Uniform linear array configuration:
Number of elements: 24
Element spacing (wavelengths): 1
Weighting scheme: exponential
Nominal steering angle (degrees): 15
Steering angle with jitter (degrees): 16.46
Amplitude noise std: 0.05
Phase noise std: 0.05

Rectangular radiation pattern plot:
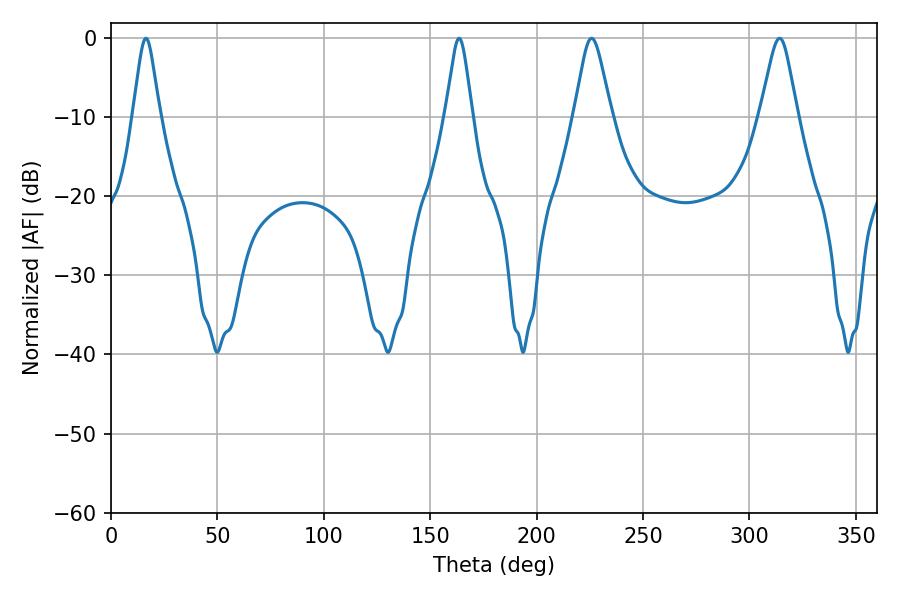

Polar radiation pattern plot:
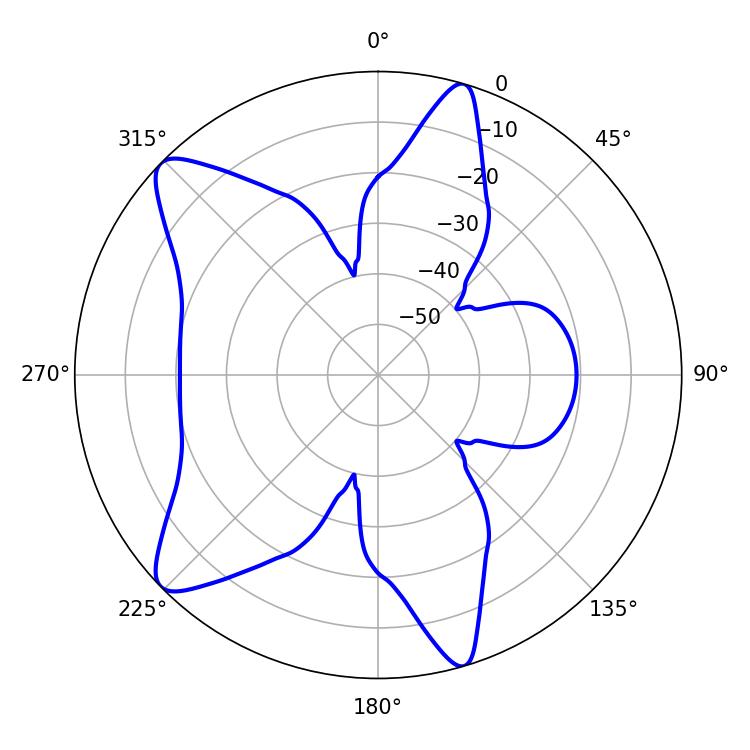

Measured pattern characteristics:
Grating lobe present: TRUE
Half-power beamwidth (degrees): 5.94
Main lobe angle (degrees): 16.38